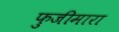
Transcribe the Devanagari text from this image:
फुजीमारा